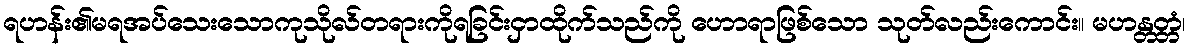
ရဟန်း၏မရအပ်သေးသောကုသိုလ်တရားကိုရခြင်းငှာထိုက်သည်ကို ဟောရာဖြစ်သော သုတ်လည်းကောင်း။ မဟန္တတ္တံ၊